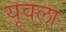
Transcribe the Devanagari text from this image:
यूवला